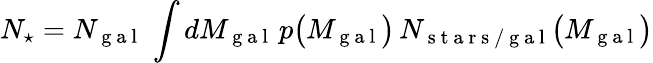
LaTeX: N_{\star}=N_{\mathrm{~g~a~l~}}\, \int dM_{\mathrm{~g~a~l~}}\, p\big(M_{\mathrm{~g~a~l~}}\big)\, N_{\mathrm{~s~t~a~r~s~/~g~a~l~}}\big(M_{\mathrm{~g~a~l~}}\big)